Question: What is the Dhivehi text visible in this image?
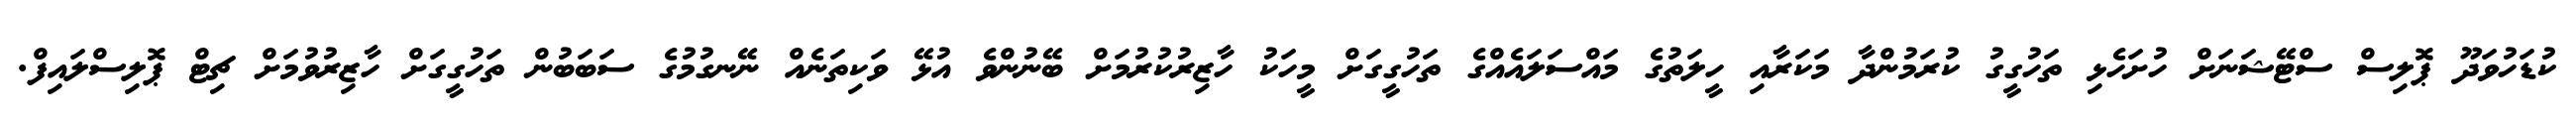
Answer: ކުޑަހުވަދޫ ޕޮލިސް ސްޓޭޝަނަށް ހުށަހެޅި ތަހުގީގު ކުރަމުންދާ މަކަރާއި ހީލަތުގެ މައްސަލައެއްގެ ތަހުގީގަށް މީހަކު ހާޒިރުކުރުމަށް ބޭނުންވެ އުޅޭ ވަކިތަނެއް ނޭނގުމުގެ ސަބަބުން ތަހުގީގަށް ހާޒިރުވުމަށް ޗިޓް ޕޮލިސްލައިފް.